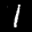
Label: 1